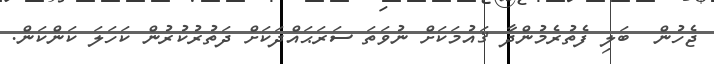
ޖެހުން  ބަލި ފެތުރެމުންދާ ޤައުމަކަށް ނުވަތަ ސަރަޙައްދަކަށް ދަތުރުކުރުން ކަހަލަ ކަންކަން.